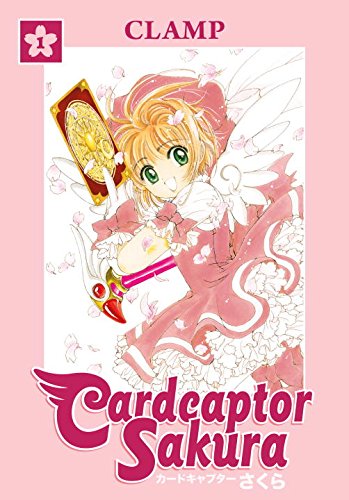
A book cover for Cardcaptor Sakura Omnibus, Book 1; CLAMP; Children's Books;